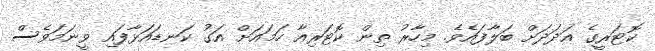
ކޮޓަރީގެ އަދަދަށް ބަލާފައެވެ. މިހާރު ތިން ކޮޓަރިއާ ހަމައަށް އަގު ކަނޑައަޅާފައި ވީނަމަވެސް